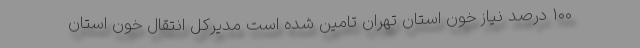
۱۰۰ درصد نیاز خون استان تهران تامین شده است مدیرکل انتقال خون استان